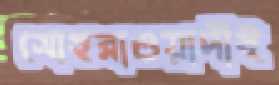
সোহরাওয়ার্দীই